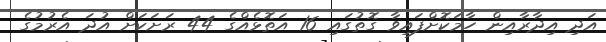
އަދި އިދާރާއިން ހާމަކޮށްފައިވާ ގޮތުގައި 16 އަތޮޅެއްގެ 44 ރަށަކަށް އުދަ އެރުމުގެ